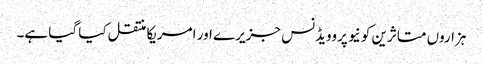
ہزاروں متاثرین کو نیو پروویڈنس جزیرے اور امریکا منتقل کیا گیا ہے۔